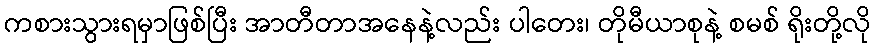
ကစားသွားရမှာဖြစ်ပြီး အာတီတာအနေနဲ့လည်း ပါတေး၊ တိုမီယာစုနဲ့ စမစ် ရိုးတို့လို